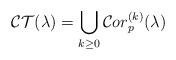
LaTeX: \begin{align*}\mathcal{CT}(\lambda)=\bigcup_{k\geq 0}{\mathcal Cor}^{(k)}_p(\lambda)\end{align*}